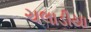
ચલાડીયા